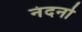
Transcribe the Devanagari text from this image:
नंदनो